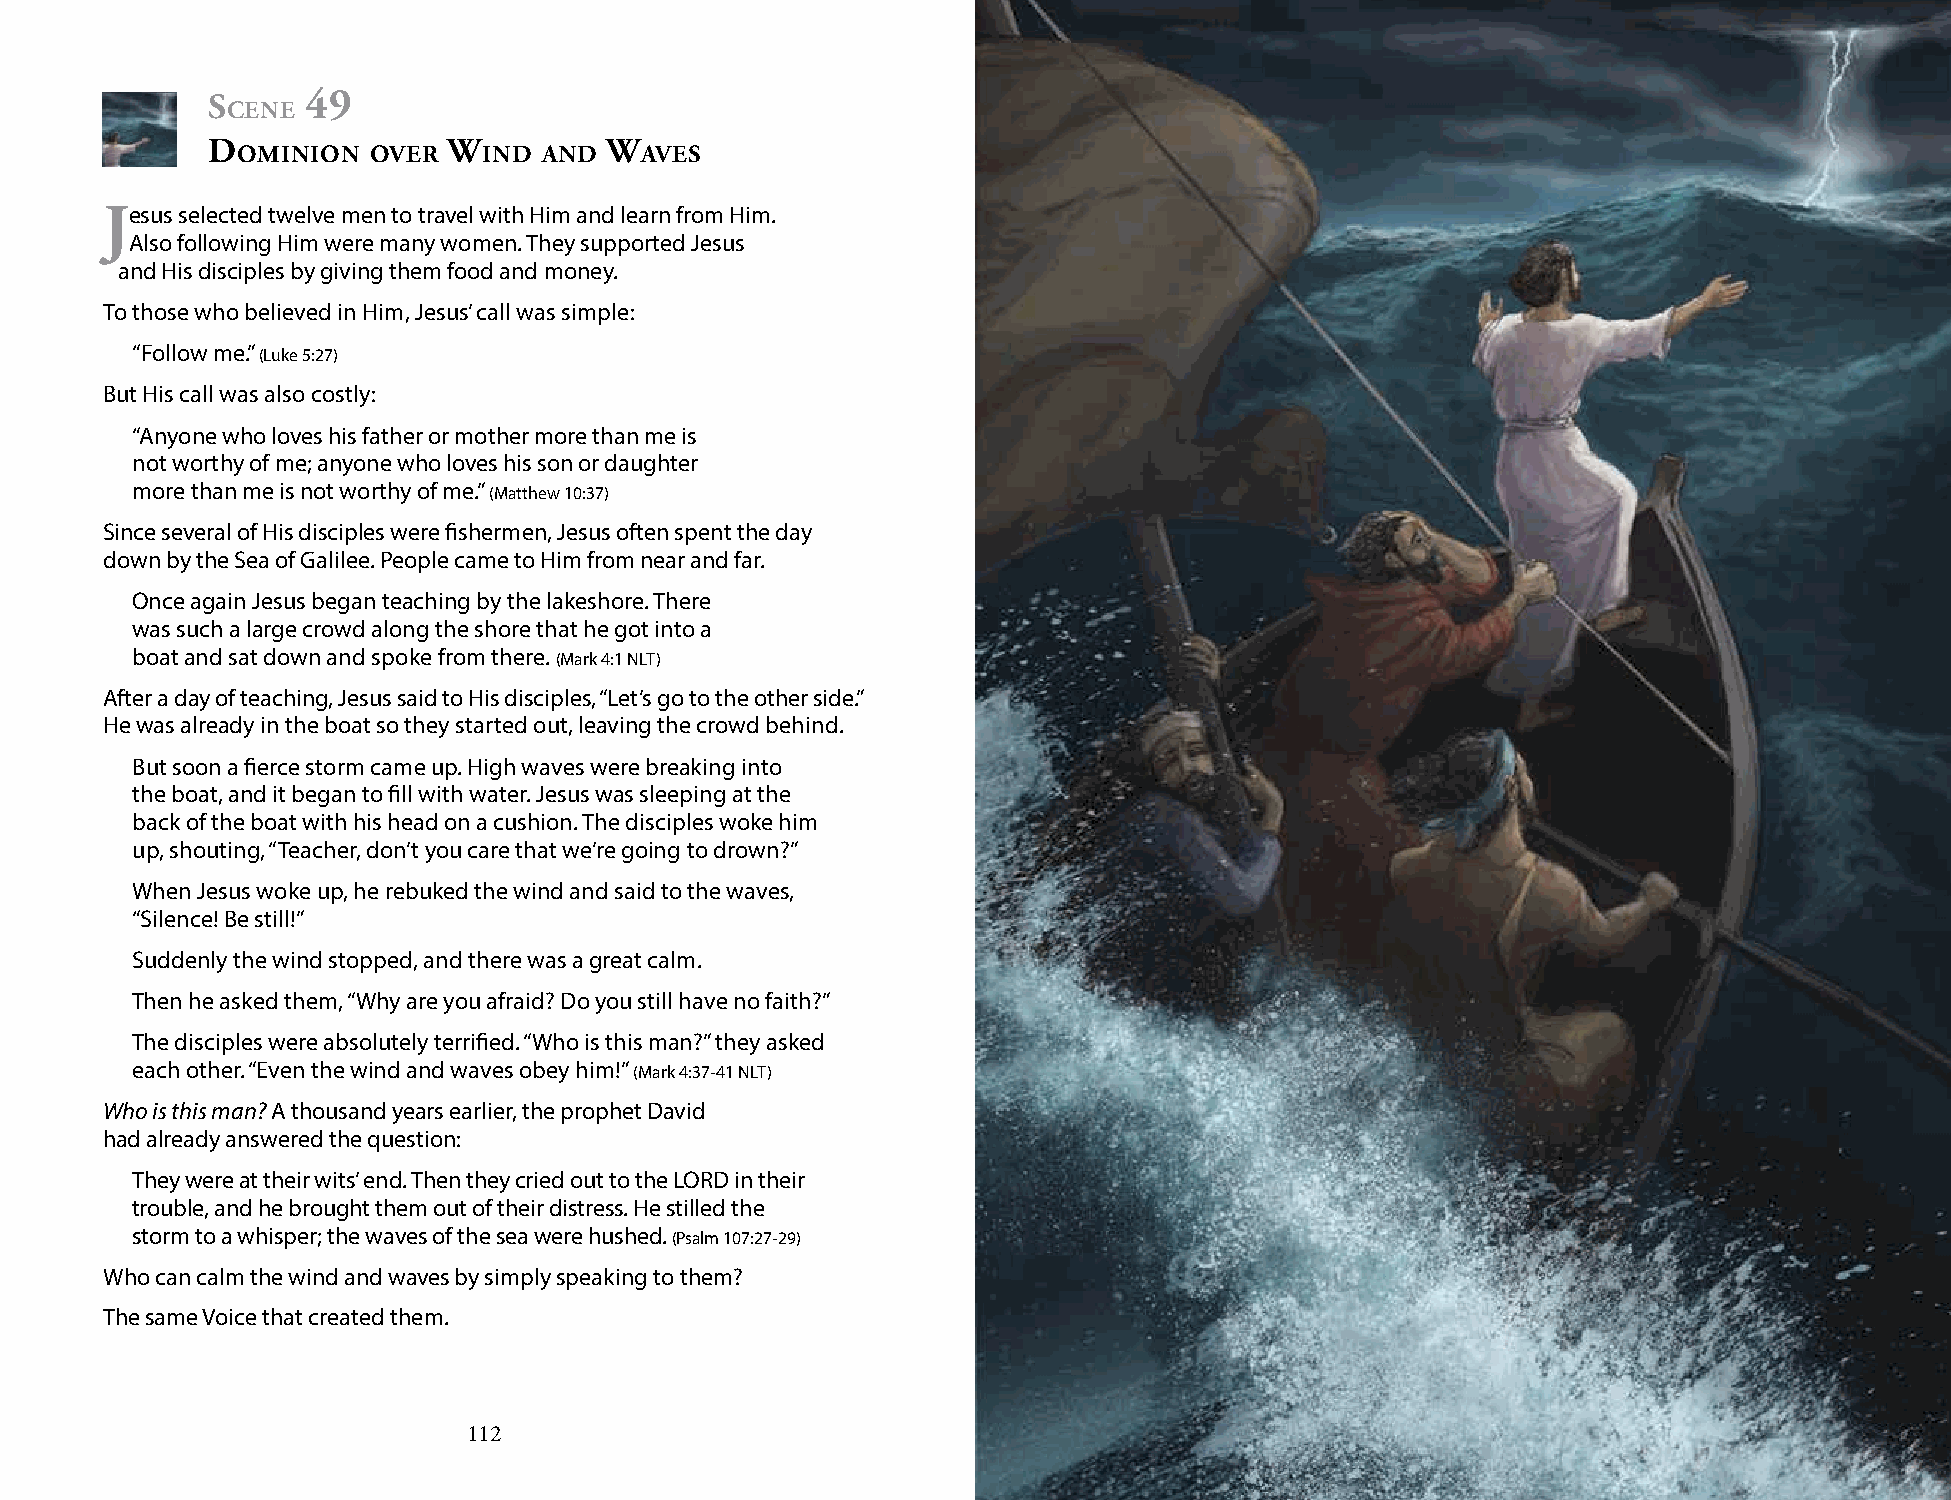
s     49
 cene
 d               W         W
 ominion over    ind And   Aves
 jesus selected twelve men to travel with Him and learn from Him.
 Also following Him were many women. They supported Jesus
 and His disciples by giving them food and money.
 To those who believed in Him, Jesus’ call was simple:
 “Follow me.” (Luke 5:27)
 But His call was also costly:
 “Anyone who loves his father or mother more than me is
 not worthy of me; anyone who loves his son or daughter
 more than me is not worthy of me.” (Matthew 10:37)
 Since several of His disciples were fishermen, Jesus often spent the day
 down by the Sea of Galilee. People came to Him from near and far.
 Once again Jesus began teaching by the lakeshore. There
 was such a large crowd along the shore that he got into a
 boat and sat down and spoke from there. (Mark 4:1 NLT)
 After a day of teaching, Jesus said to His disciples, “Let’s go to the other side.”
 He was already in the boat so they started out, leaving the crowd behind.
 But soon a fierce storm came up. High waves were breaking into
 the boat, and it began to fill with water. Jesus was sleeping at the
 back of the boat with his head on a cushion. The disciples woke him
 up, shouting, “Teacher, don’t you care that we’re going to drown?”
 When Jesus woke up, he rebuked the wind and said to the waves,
 “Silence! Be still!”
 Suddenly the wind stopped, and there was a great calm.
 Then he asked them, “Why are you afraid? Do you still have no faith?”
 The disciples were absolutely terrified. “Who is this man?” they asked
 each other. “Even the wind and waves obey him!” (Mark 4:37-41 NLT)
 Who is this man? A thousand years earlier, the prophet David
 had already answered the question:
 They were at their wits’ end. Then they cried out to the LORD in their
 trouble, and he brought them out of their distress. He stilled the
 storm to a whisper; the waves of the sea were hushed. (Psalm 107:27-29)
 Who can calm the wind and waves by simply speaking to them?
 The same Voice that created them.
 112